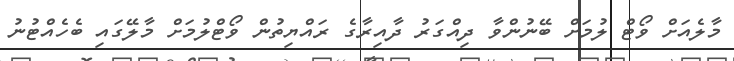
މާލެއަށް ވޯޓް ލުމަށް ބޭނުންވާ ދިއްގަރު ދާއިރާގެ ރައްޔިތުން ވޯޓްލުމަށް މާލޭގައި ބެހެއްޓުނު